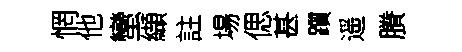
惘他蠻纈註場偲甚躓遥賸